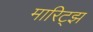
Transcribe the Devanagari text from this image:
मारिट्झ